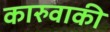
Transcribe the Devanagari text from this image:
कारुवाकी